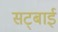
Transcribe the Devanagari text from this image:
सट्बाई